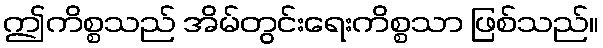
ဤကိစ္စသည် အိမ်တွင်းရေးကိစ္စသာ ဖြစ်သည်။